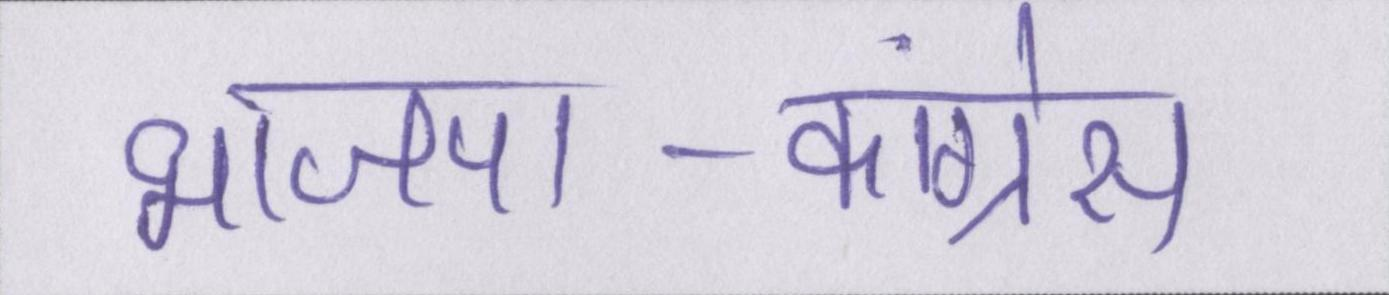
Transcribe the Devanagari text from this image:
भाजपा-कांग्रेस